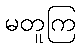
မတူကြ